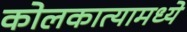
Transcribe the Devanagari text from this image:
कोलकात्यामध्ये